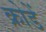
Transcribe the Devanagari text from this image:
क्रोडें